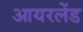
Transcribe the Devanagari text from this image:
आयरलेंड